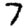
Digit: 7